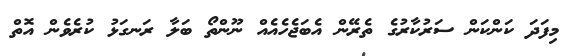
މިފަދަ ކަންކަން ސަރުކާރުގެ ތެރޭން އެބަޖެހެއެއް ނޫންތޯ ބަލާ ރަނގަޅު ކުރެވެން އޮތް